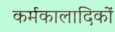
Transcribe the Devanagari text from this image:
कर्मकालादिकों